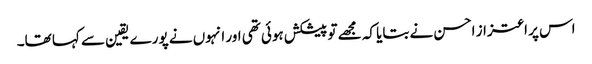
اس پر اعتزاز احسن نے بتایا کہ مجھے تو پیشکش ہوئی تھی اور انہوں نے پورے یقین سے کہا تھا۔